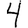
Digit: 4